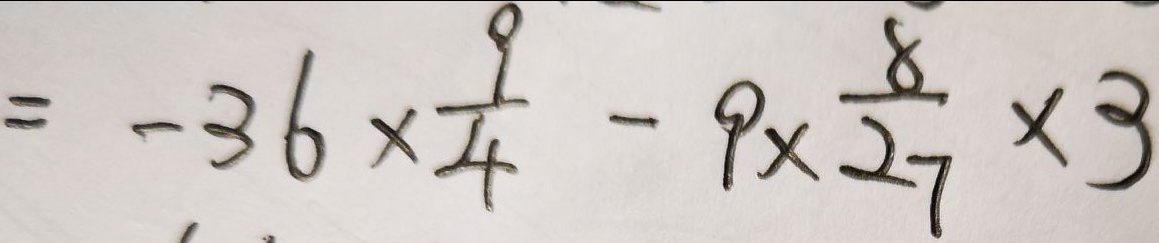
= - 3 6 \times \frac { 9 } { 4 } - 9 \times \frac { 8 } { 2 7 } \times 3